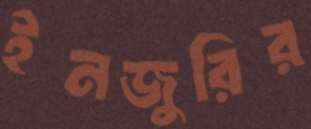
ইনজুরির